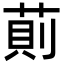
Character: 萴